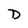
Character: D